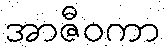
အာဇီဝကာ